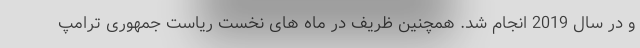
و در سال 2019 انجام شد. همچنین ظریف در ماه های نخست ریاست جمهوری ترامپ